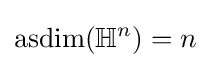
\operatorname {asdim} (\mathbb {H} ^{n})=n